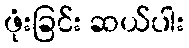
ဖုံးခြင်း ဆယ်ပါး